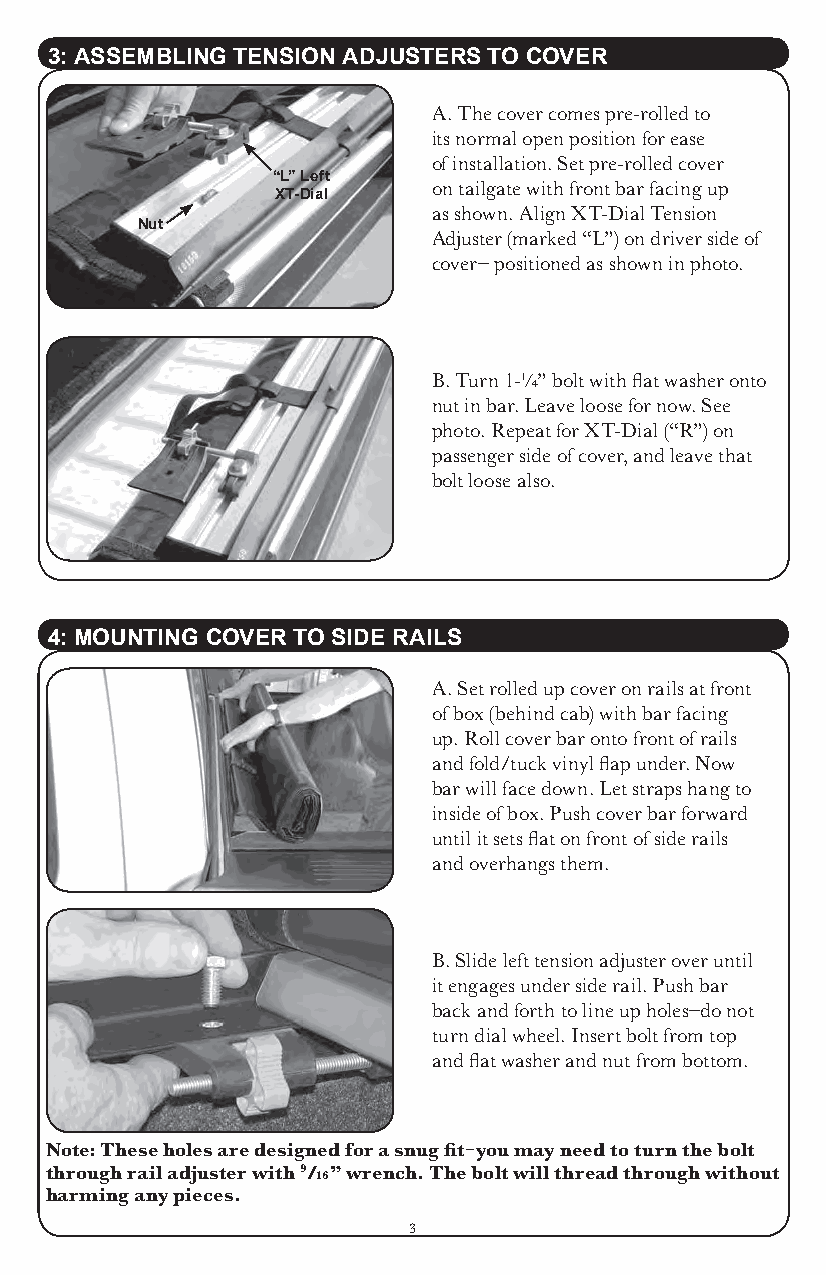
3: ASSEMbLING TENSION ADjUSTERS TO COVER
 A. The cover comes pre-rolled to
 its normal open position for ease
 of installation. Set pre-rolled cover
 “L” Left
 on tailgate with front bar facing up
 xT-Dial
 as shown. Align XT-Dial Tension
 Nut
 Adjuster (marked “L”) on driver side of
 cover– positioned as shown in photo.
 B. Turn 1-¼” bolt with flat washer onto
 nut in bar. Leave loose for now. See
 photo. Repeat for XT-Dial (“R”) on
 passenger side of cover, and leave that
 bolt loose also.
 4: MOUNTING COVER TO SIDE RAILS
 A. Set rolled up cover on rails at front
 of box (behind cab) with bar facing
 up. Roll cover bar onto front of rails
 and fold/tuck vinyl flap under. Now
 bar will face down. Let straps hang to
 inside of box. Push cover bar forward
 until it sets flat on front of side rails
 and overhangs them.
 B. Slide left tension adjuster over until
 it engages under side rail. Push bar
 back and forth to line up holes–do not
 turn dial wheel. Insert bolt from top
 and flat washer and nut from bottom.
 Note: These holes are designed for a snug fit–you may need to turn the bolt
 through rail adjuster with 9/ ” wrench. The bolt will thread through without
 16
 harming any pieces.
 3